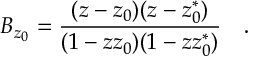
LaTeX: B _ { z _ { 0 } } = \frac { ( z - z _ { 0 } ) ( z - z _ { 0 } ^ { * } ) } { ( 1 - z z _ { 0 } ) ( 1 - z z _ { 0 } ^ { * } ) } \quad .